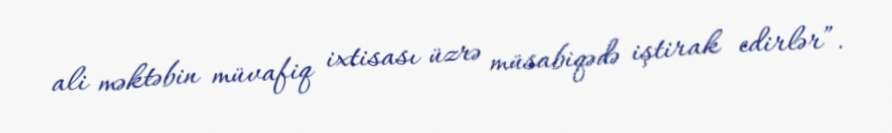
ali məktəbin müvafiq ixtisası üzrə müsabiqədə iştirak edirlər”.